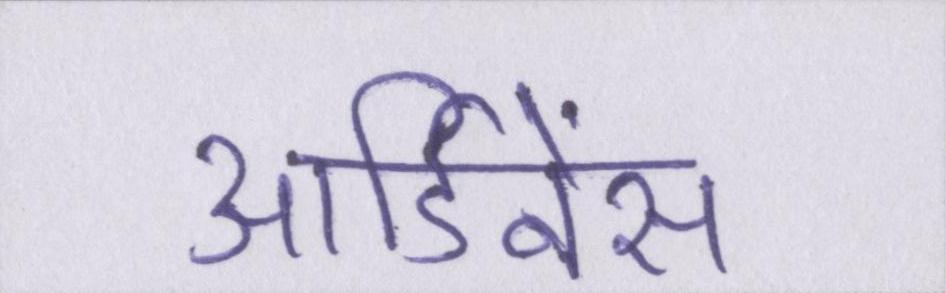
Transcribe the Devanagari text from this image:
आर्डिनेंस